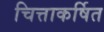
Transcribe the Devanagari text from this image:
चित्ताकर्षित